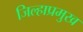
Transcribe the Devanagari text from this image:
जिल्हाप्रमुख